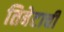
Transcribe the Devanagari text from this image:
तिबेटाची